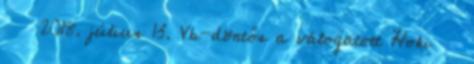
2018. július 13. Vb-döntős a válogatott Hoki